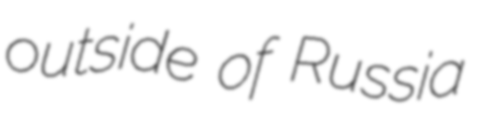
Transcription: outside of Russia